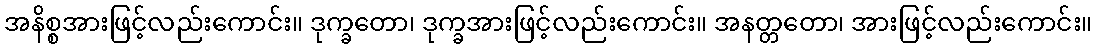
အနိစ္စအားဖြင့်လည်းကောင်း။ ဒုက္ခတော၊ ဒုက္ခအားဖြင့်လည်းကောင်း။ အနတ္တတော၊ အားဖြင့်လည်းကောင်း။